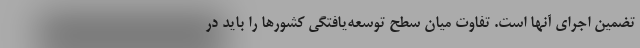
تضمين اجراي آنها است. تفاوت ميان سطح توسعه‌يافتگي كشورها را بايد در